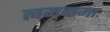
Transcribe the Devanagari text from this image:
त्वमगमाः